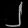
Digit: ၂